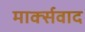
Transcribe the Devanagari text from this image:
मार्क्‍सवाद